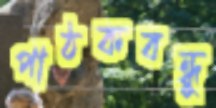
পাঠকবন্ধু